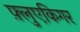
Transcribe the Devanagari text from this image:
फ़्लुएकिगर